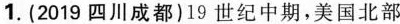
1.(2019四川成都)19世纪中期，美国北部